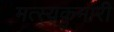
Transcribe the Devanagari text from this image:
मत्स्यकुमारी